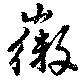
徽